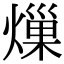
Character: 𤍒